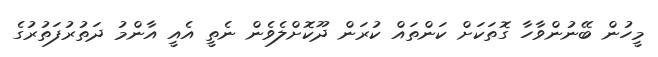
މީހުން ބޭނުންވާހާ ގޮތަކަށް ކަންތައް ކުރަން ދޫކޮށްލެވެން ނެތީ އެއީ އާންމު ދަތުރުފަތުރުގެ